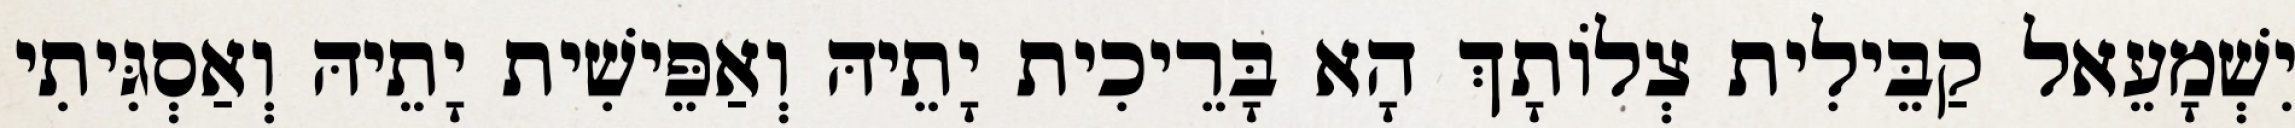
יִשְׁמָעֵאל קַבֵּילִית צְלוֹתָךְ הָא בָּרֵיכִית יָתֵיהּ וְאַפֵּישִׁית יָתֵיהּ וְאַסְגִּיתִי